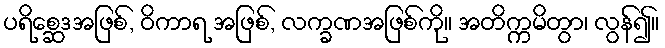
ပရိစ္ဆေဒအဖြစ်, ဝိကာရ အဖြစ်, လက္ခဏအဖြစ်ကို။ အတိက္ကမိတွာ၊ လွန်၍။